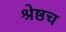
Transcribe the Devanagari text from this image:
श्रेष्ठच